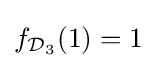
f_{{\mathcal {D}}_{3}}(1)=1